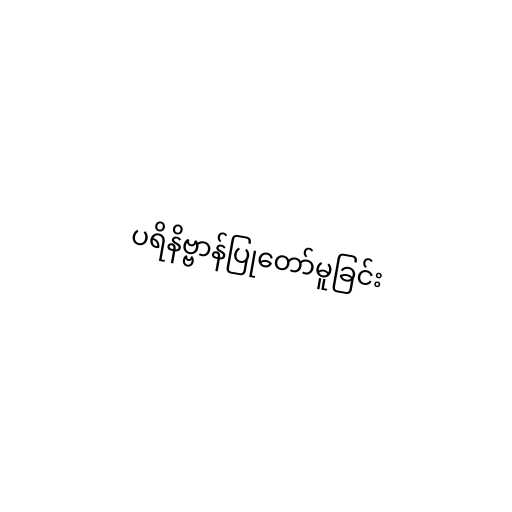
ပရိနိဗ္ဗာန်ပြုတော်မူခြင်း